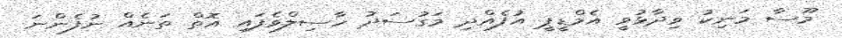
މޫސާ މަނިކު ވިދާޅުވީ އެމްޑީޕީ އުފެއްދި މަގުސަދު ހާސިލްވެފައި އޮތް ތަނެއް ނުފެންނަ